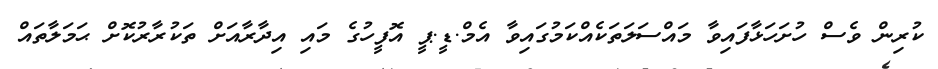
ކުރިން ވެސް ހުށަހަޅާފައިވާ މައްސަލަތަކެއްކަމުގައިވާ އެމް.ޑީ.ޕީ އޮފީހުގެ މައި އިދާރާއަށް ތަކުރާރުކޮށް ޙަމަލާތައް